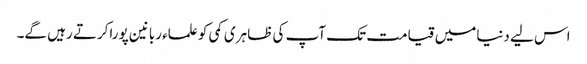
اس لیے دنیامیں قیامت تک آپ کی ظاہری کمی کو علماء ربانین پوراکرتے رہیں گے۔